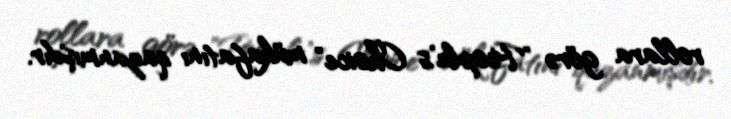
rollara görə "People’s Choice" mükafatını qazanmışdır.